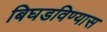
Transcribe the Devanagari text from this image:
बिघडविण्यास